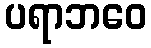
ပရာဘဝေ